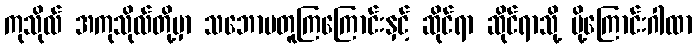
ကုသိုလ် အကုသိုလ်တို့မှာ သဘောမတူကြကြောင်းနှင့် ဆိုင်ရာ ဆိုင်ရာသို့ ပို့ကြောင်းဂါထာ